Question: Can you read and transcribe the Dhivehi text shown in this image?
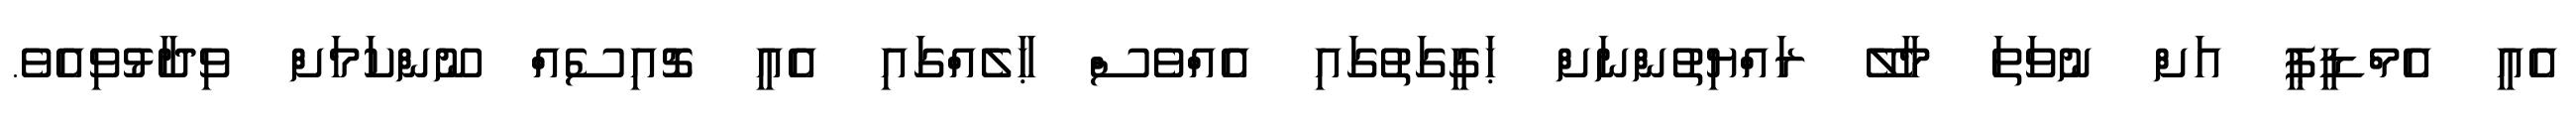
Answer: އެއީ އެމްޑީޕީ އަށް ނުވަތަ މާލޭ ރައްޔިތުންނަށް ޙަގީގަތުގައި އެއްވެސް ޙާލެއްގައި އެއީ ޗޮއިސެއް ނޫންކަމަށް ވިދާޅުވިއެވެ.